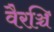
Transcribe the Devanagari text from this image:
वैरञ्चि